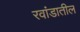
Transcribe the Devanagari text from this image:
रवांडातील